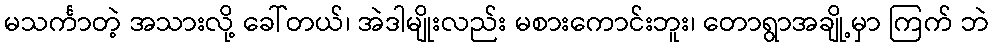
မသင်္ကာတဲ့ အသားလို့ ခေါ်တယ်၊ အဲဒါမျိုးလည်း မစားကောင်းဘူး၊ တောရွာအချို့မှာ ကြက် ဘဲ